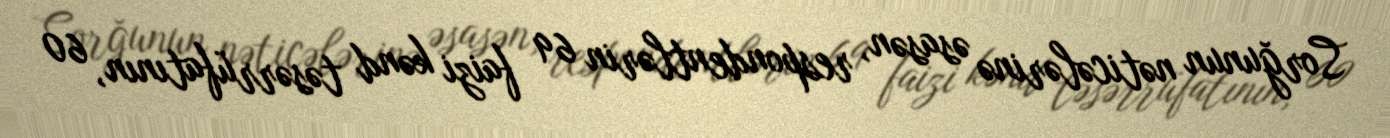
Sorğunun nəticələrinə əsasən, respondentlərin 69 faizi kənd təsərrüfatının, 60